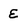
Character: E